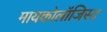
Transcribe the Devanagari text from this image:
मायकोलॉजिस्ट